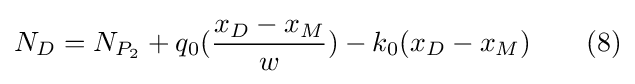
N_{D}=N_{P_{2}}+q_{0}({\frac {x_{D}-x_{M}}{w}})-k_{0}(x_{D}-x_{M})\qquad (8)